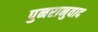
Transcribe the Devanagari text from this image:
पुनरानुवाद